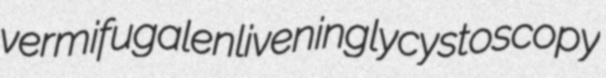
vermifugal enliveningly cystoscopy